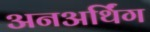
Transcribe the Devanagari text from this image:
अनअर्थिंग